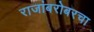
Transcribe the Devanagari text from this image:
राजांबरोबरचा